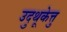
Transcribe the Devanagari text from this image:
उदुथूकेत्तु